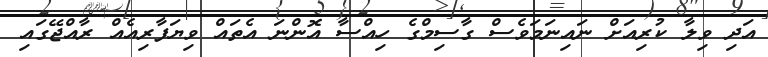
އަދި ވިލާ ކުރިއަށް ނައިނަމަވެސް ގާސިމްގެ ހިއްސާ އޮންނަ އެތައް ވިޔަފާރިއެއް ރާއްޖޭގައި